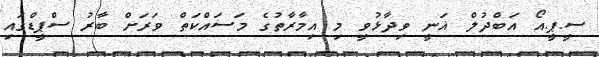
ސީ.ޕީ.އޯ އަބްދުލް ޣަނީ ވިދާޅުވީ މި އިމާރާތުގެ މަސައްކަތް ވަރަށް ބާރު ސްޕީޑްގައި